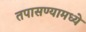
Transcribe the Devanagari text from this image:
तपासण्यामध्ये